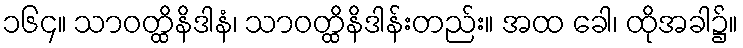
၁၆၄။ သာဝတ္ထိနိဒါနံ၊ သာဝတ္ထိနိဒါန်းတည်း။ အထ ခေါ၊ ထိုအခါ၌။